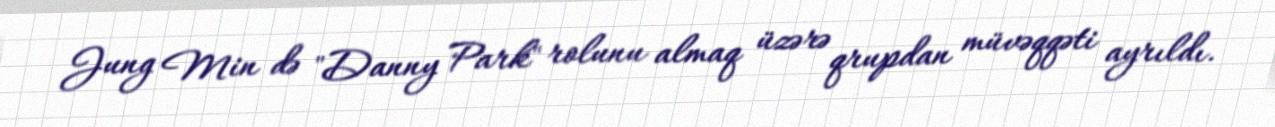
Jung Min də "Danny Park" rolunu almaq üzərə qrupdan müvəqqəti ayrıldı.